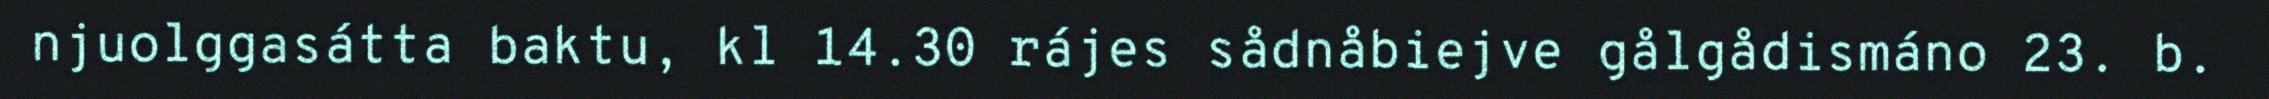
njuolggasátta baktu, kl 14.30 rájes sådnåbiejve gålgådismáno 23. b.